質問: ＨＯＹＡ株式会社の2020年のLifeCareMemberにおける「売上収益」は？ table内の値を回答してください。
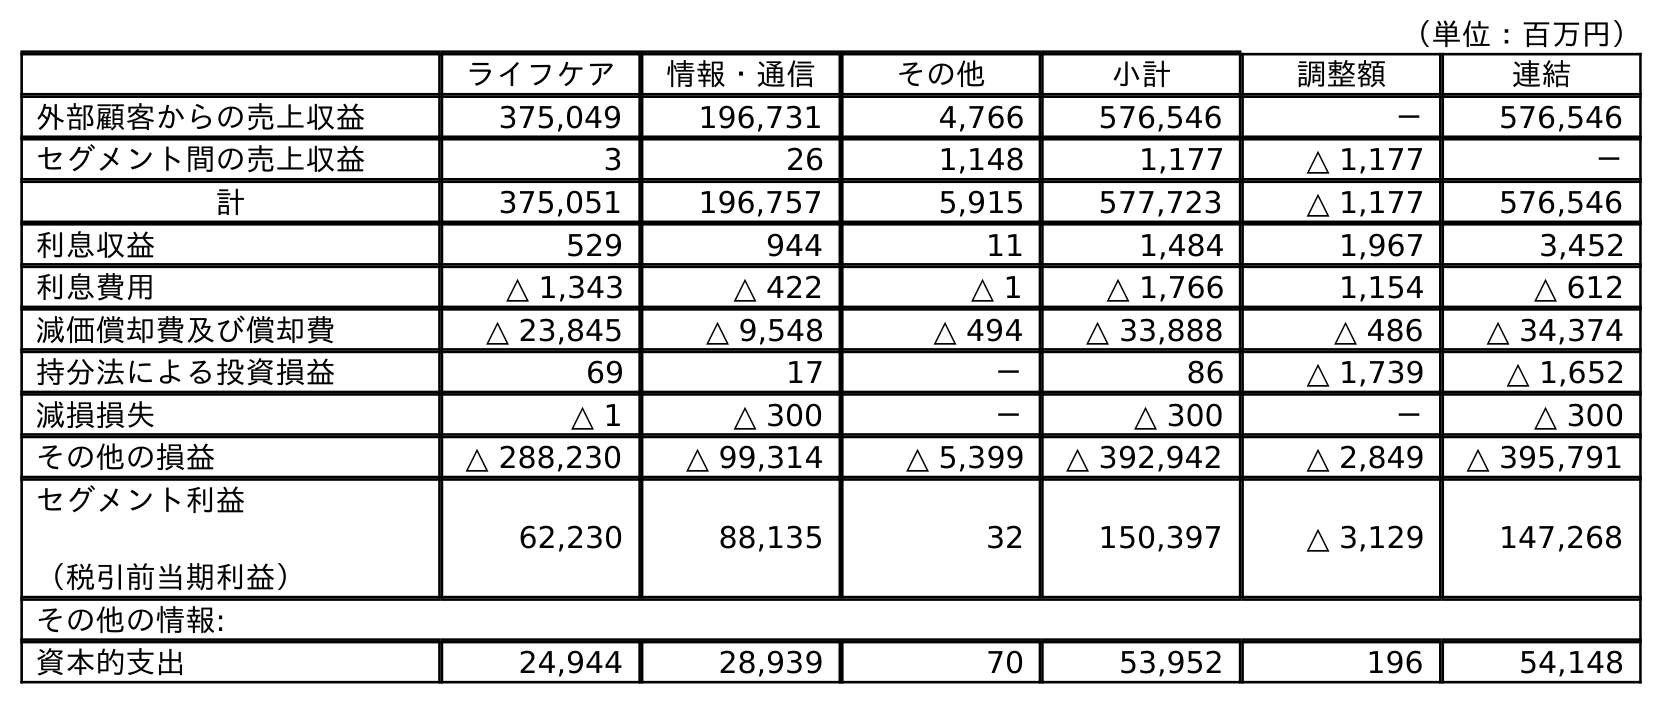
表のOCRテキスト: （単位：百万円） ライフケア 情報・通信 その他 小計 調整額 連結 外部顧客からの売上収益 375,049 196,731 4,766 576,546 － 576,546 セグメント間の売上収益 3 26 1,148 1,177 △ 1,177 － 計 375,051 196,757 5,915 577,723 △ 1,177 576,546 利息収益 529 944 11 1,484 1,967 3,452 利息費用 △ 1,343 △ 422 △ 1 △ 1,766 1,154 △ 612 減価償却費及び償却費 △ 23,845 △ 9,548 △ 494 △ 33,888 △ 486 △ 34,374 持分法による投資損益 69 17 － 86 △ 1,739 △ 1,652 減損損失 △ 1 △ 300 － △ 300 － △ 300 その他の損益 △ 288,230 △ 99,314 △ 5,399 △ 392,942 △ 2,849 △ 395,791 セグメント利益 （税引前当期利益） 62,230 88,135 32 150,397 △ 3,129 147,268 その他の情報: 資本的支出 24,944 28,939 70 53,952 196 54,148
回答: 375,051